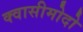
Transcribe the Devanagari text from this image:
क्वासीमोदो